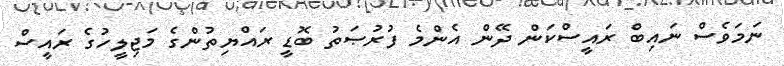
ނަމަވެސް ނައިބް ރައީސްކަން ދޭން އެންމެ ފުރުޞަތު ބޮޑީ ރައްޔިތުންގެ މަޖިލީހުގެ ރައީސް